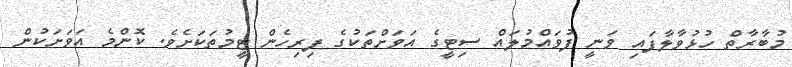
މުބާރާތް ހުޅުވާލާފައި ވަނީ ފުވައްމުލައް ސިޓީގެ އަވަށްތަކުގެ ފިރިހެން ޓީމުތަކަށެވެ. ކޮންމެ އަވަށަކުން